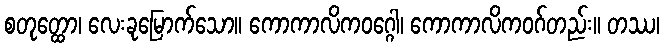
စတုတ္ထော၊ လေးခုမြောက်သော။ ကောကာလိကဝဂ္ဂေါ၊ ကောကာလိကဝဂ်တည်း။ တဿ၊